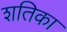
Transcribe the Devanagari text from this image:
शतिका